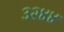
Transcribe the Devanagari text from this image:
३२४४